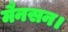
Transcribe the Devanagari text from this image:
मैनसन।